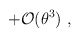
\begin{align*} +{\mathcal O}(\theta^3)~,\end{align*}